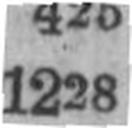
1228